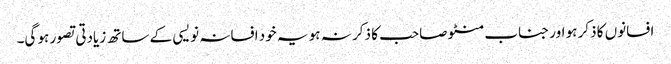
افسانوں کا ذکر ہو اور جناب منٹو صاحب کا ذکر نہ ہو یہ خود افسانہ نویسی کے ساتھ زیادتی تصور ہو گی۔